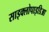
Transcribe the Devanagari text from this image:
साइक्लोपाइडिआ